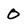
Character: 0